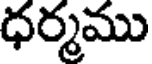
ధర్మము